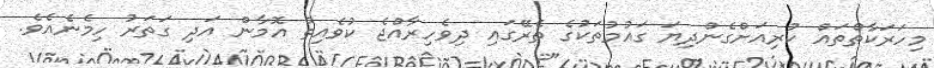
މިހަރަކާތްތައް ކުރިއަށްގެންދިޔަ ގައުމުތަކުގެ ތެރޭގައި ދިވެހިރާއްޖެ ކުވެއިތް އޮމާން އަދި ގަތަރު ހިމެނެއެވެ.